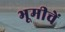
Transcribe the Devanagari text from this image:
भूमीचें